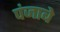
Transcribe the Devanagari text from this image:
पंजाबे